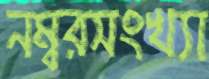
নম্বরসংখ্যা